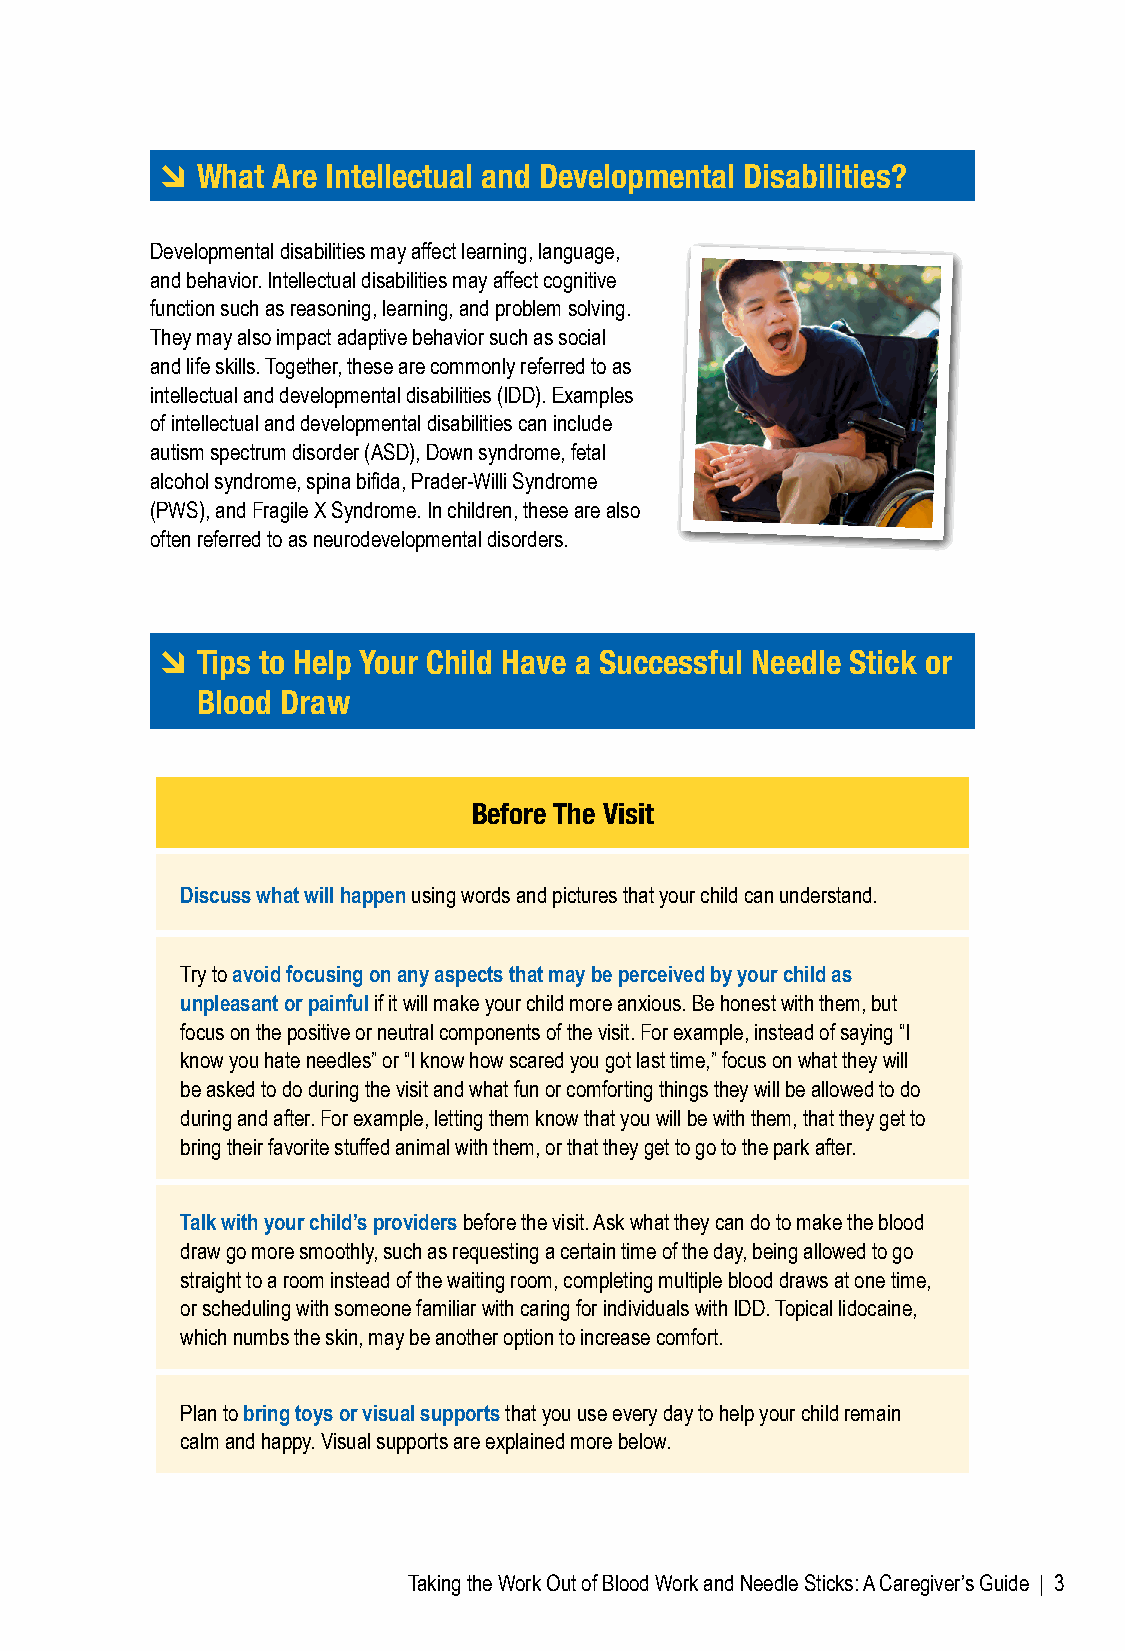
Â What Are Intellectual and Developmental Disabilities?
 Developmental disabilities may affect learning, language,
 and behavior. Intellectual disabilities may affect cognitive
 function such as reasoning, learning, and problem solving.
 They may also impact adaptive behavior such as social
 and life skills. Together, these are commonly referred to as
 intellectual and developmental disabilities (IDD). Examples
 of intellectual and developmental disabilities can include
 autism spectrum disorder (ASD), Down syndrome, fetal
 alcohol syndrome, spina bifida, Prader-Willi Syndrome
 (PWS), and Fragile X Syndrome. In children, these are also
 often referred to as neurodevelopmental disorders.
 Â Tips to Help Your Child Have a Successful Needle Stick or
 Blood Draw
 Before The Visit
 Discuss what will happen using words and pictures that your child can understand.
 Try to avoid focusing on any aspects that may be perceived by your child as
 unpleasant or painful if it will make your child more anxious. Be honest with them, but
 focus on the positive or neutral components of the visit. For example, instead of saying “I
 know you hate needles” or “I know how scared you got last time,” focus on what they will
 be asked to do during the visit and what fun or comforting things they will be allowed to do
 during and after. For example, letting them know that you will be with them, that they get to
 bring their favorite stuffed animal with them, or that they get to go to the park after.
 Talk with your child’s providers before the visit. Ask what they can do to make the blood
 draw go more smoothly, such as requesting a certain time of the day, being allowed to go
 straight to a room instead of the waiting room, completing multiple blood draws at one time,
 or scheduling with someone familiar with caring for individuals with IDD. Topical lidocaine,
 which numbs the skin, may be another option to increase comfort.
 Plan to bring toys or visual supports that you use every day to help your child remain
 calm and happy. Visual supports are explained more below.
 Taking the Work Out of Blood Work and Needle Sticks: A Caregiver’s Guide | 3